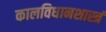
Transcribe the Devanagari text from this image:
कालविधानशास्त्रं